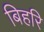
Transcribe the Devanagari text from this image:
बिहरि